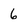
Character: 6